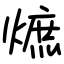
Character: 熫